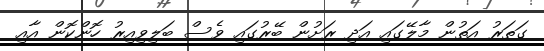
ގަތަރު އަތުން މާލޭގައި އަދި ރަށުން ބޭރުގައި ވެސް ބަލިވިއިރު ހޮންކޮން އާއި